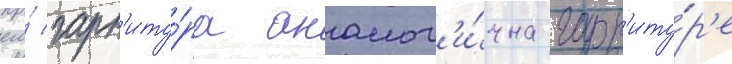
его́ гарн'иту́ра аналог'и́чна гарн'иту́р'е